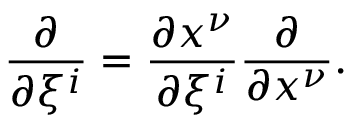
{ \frac { \partial } { \partial \xi ^ { i } } } = { \frac { \partial x ^ { \nu } } { \partial \xi ^ { i } } } { \frac { \partial } { \partial x ^ { \nu } } } .